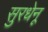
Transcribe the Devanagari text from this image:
सुरधेनू